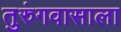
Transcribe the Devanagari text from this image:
तुरुंगवासाला